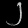
Digit: ၂